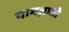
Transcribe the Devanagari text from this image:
यामज़ातो